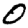
Digit: 0